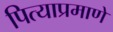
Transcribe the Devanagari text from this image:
पित्याप्रमाणे